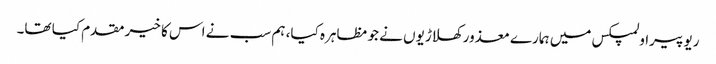
ریو پیراولمپکس میں ہمارے معذور کھلاڑیوں نے جو مظاہرہ کیا، ہم سب نے اس کا خیر مقدم کیا تھا۔